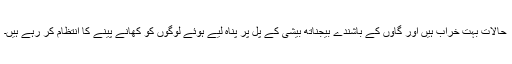
حالات بہت خراب ہیں اور گاؤں کے باشندے بیجناتھ بیشی کے پل پر پناہ لیے ہوئے لوگوں کو کھانے پینے کا انتظام کر رہے ہیں۔